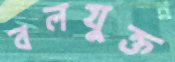
বলযুক্ত